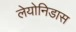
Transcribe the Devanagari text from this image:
लेयोनिडास